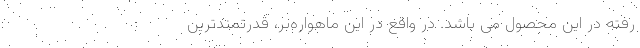
رفته در این محصول می باشد. در واقع در این ماهواره‌بر، قدرتمندترین